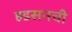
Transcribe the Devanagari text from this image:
हडसनची